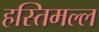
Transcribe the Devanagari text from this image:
हस्तिमल्ल